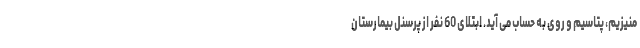
منیزیم، پتاسیم و روی به حساب می آید. ابتلای 60 نفر از پرسنل بیمارستان